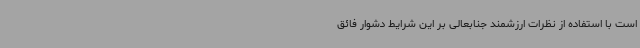
است با استفاده از نظرات ارزشمند جنابعالی بر این شرایط دشوار فائق